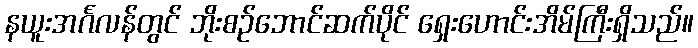
နယူးအင်္ဂလန်တွင် ဘိုးစဉ်ဘောင်ဆက်ပိုင် ရှေးဟောင်းအိမ်ကြီးရှိသည်။